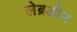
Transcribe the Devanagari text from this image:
लेब्रओन